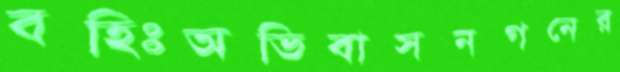
বহিঃঅভিবাসনগনের